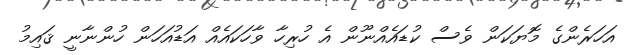
އަހަރެންގެ މޮޔަކަން ވެސް ކުޑައެއްނޫން އެ ހުރިހާ ވާހަކައެއް އަޑުއަހަން ހުންނާނީ ޤައިމު